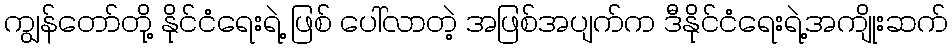
ကျွန်တော်တို့ နိုင်ငံရေးရဲ့ ဖြစ် ပေါ်လာတဲ့ အဖြစ်အပျက်က ဒီနိုင်ငံရေးရဲ့အကျိုးဆက်